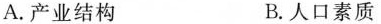
A.产业结构 B.人口素质